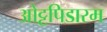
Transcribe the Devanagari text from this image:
ओट्टपिडारम